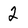
Character: 2